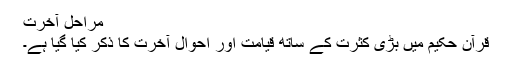
مراحلِ آخرت
قرآن حکیم میں بڑی کثرت کے ساتھ قیامت اور اَحوال آخرت کا ذکر کیا گیا ہے۔